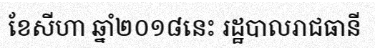
ខែសីហា ឆ្នាំ២០១៨នេះ រដ្ឋបាលរាជធានី